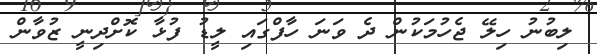
ލިބުނު ހިލޭ ޖެހުމަކުން ދެ ވަނަ ހާފްގައި ލީޑު ފުޅާ ކޮށްދިނީ ޒުވާން